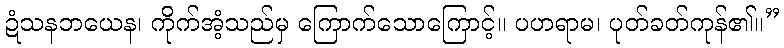
ဍံသနဘယေန၊ ကိုက်အံ့သည်မှ ကြောက်သောကြောင့်။ ပဟရာမ၊ ပုတ်ခတ်ကုန်၏။”